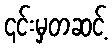
၎င်းမှတဆင့်